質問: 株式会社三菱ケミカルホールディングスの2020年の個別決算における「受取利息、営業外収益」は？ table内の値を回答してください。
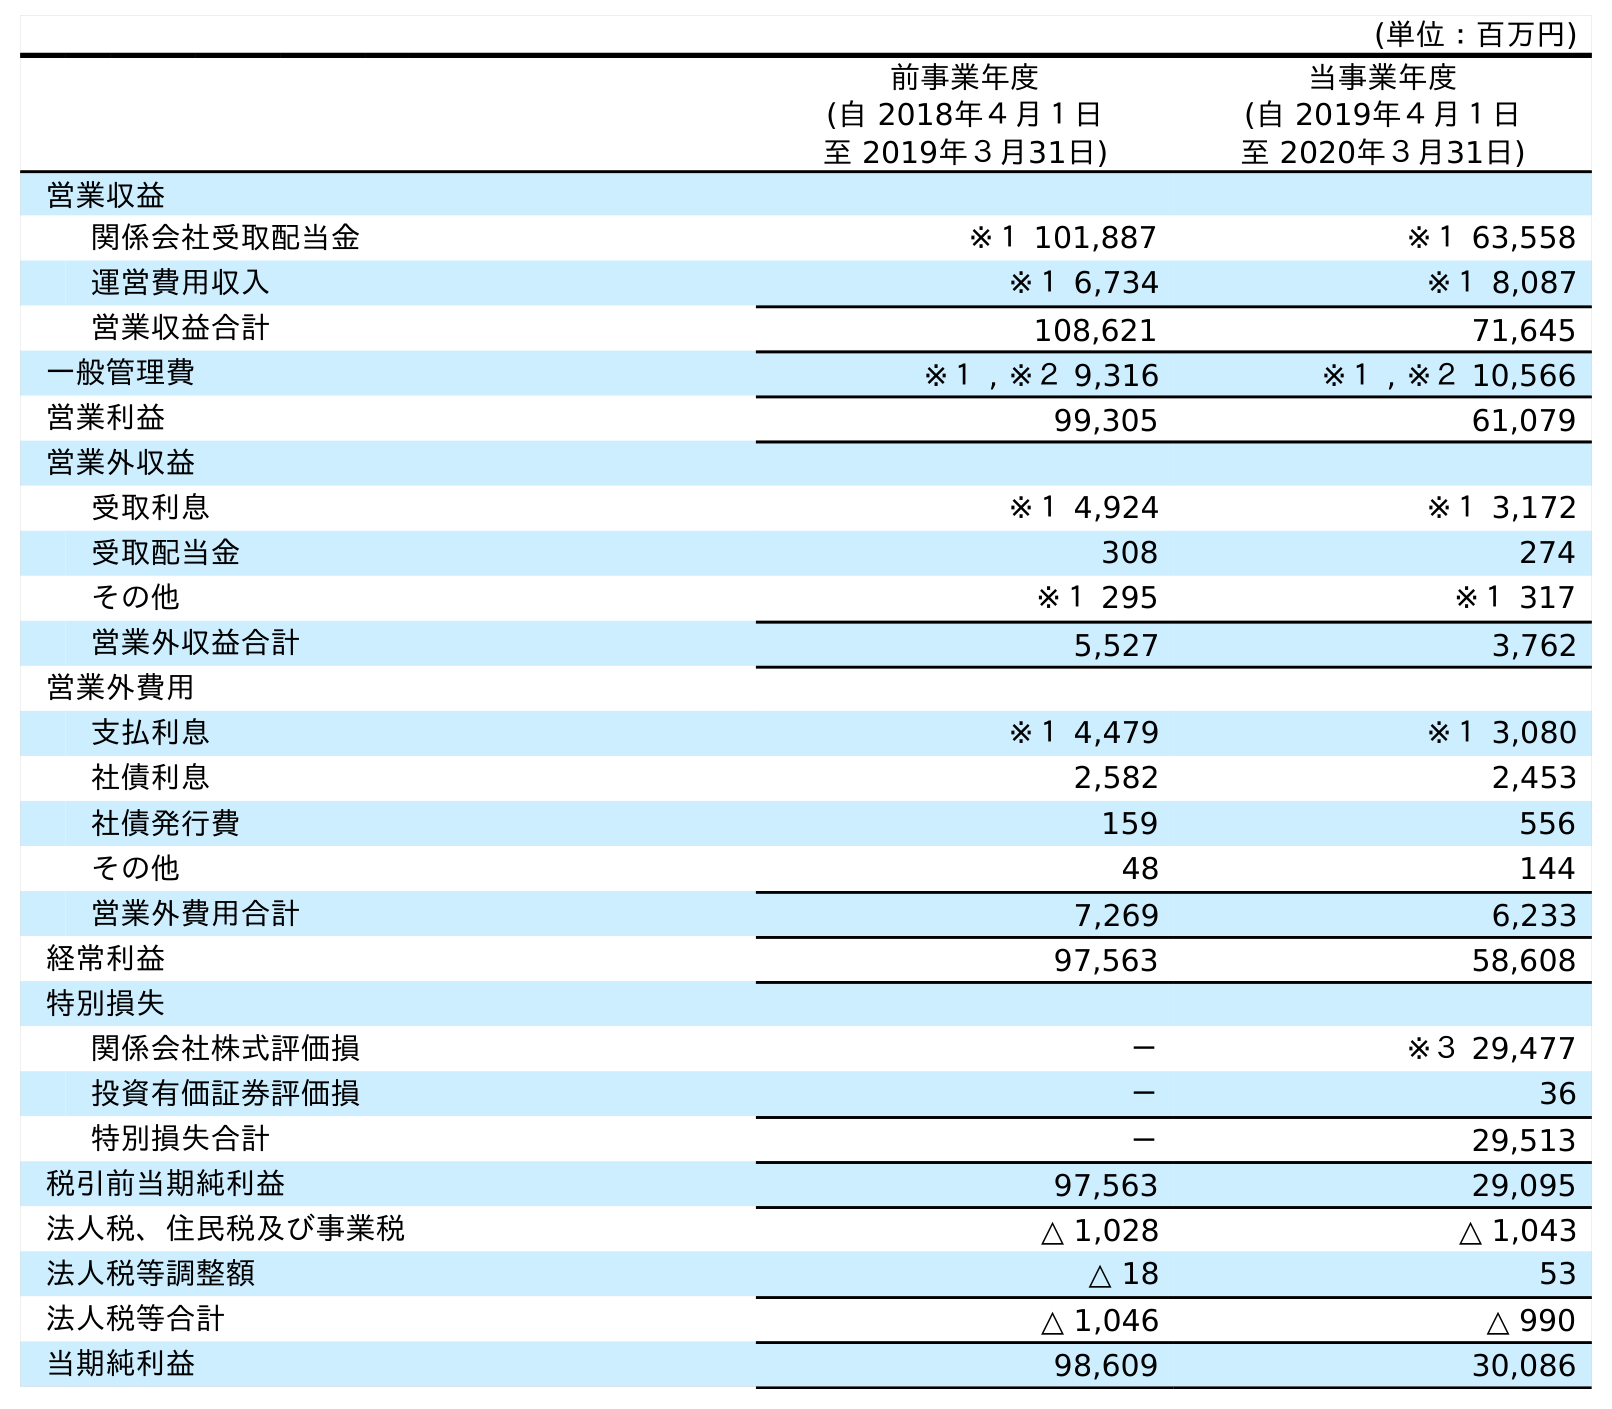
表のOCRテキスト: (単位：百万円) 前事業年度 (自 2018年４月１日 至 2019年３月31日) 当事業年度 (自 2019年４月１日 至 2020年３月31日) 営業収益 関係会社受取配当金 ※１ 101,887 ※１ 63,558 運営費用収入 ※１ 6,734 ※１ 8,087 営業収益合計 108,621 71,645 一般管理費 ※１ , ※２ 9,316 ※１ , ※２ 10,566 営業利益 99,305 61,079 営業外収益 受取利息 ※１ 4,924 ※１ 3,172 受取配当金 308 274 その他 ※１ 295 ※１ 317 営業外収益合計 5,527 3,762 営業外費用 支払利息 ※１ 4,479 ※１ 3,080 社債利息 2,582 2,453 社債発行費 159 556 その他 48 144 営業外費用合計 7,269 6,233 経常利益 97,563 58,608 特別損失 関係会社株式評価損 － ※３ 29,477 投資有価証券評価損 － 36 特別損失合計 － 29,513 税引前当期純利益 97,563 29,095 法人税、住民税及び事業税 △ 1,028 △ 1,043 法人税等調整額 △ 18 53 法人税等合計 △ 1,046 △ 990 当期純利益 98,609 30,086
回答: ※１3,172